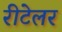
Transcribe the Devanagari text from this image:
रीटेलर